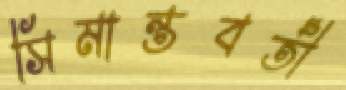
সিমান্তবর্তী